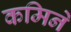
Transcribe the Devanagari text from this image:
कमिने